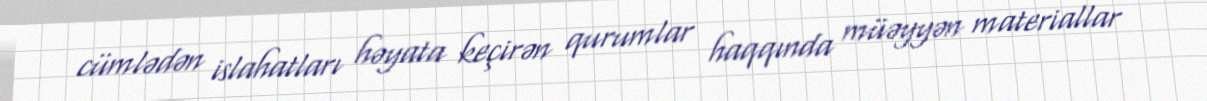
cümlədən islahatları həyata keçirən qurumlar haqqında müəyyən materiallar